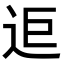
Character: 𨒑